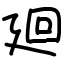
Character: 廻